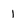
Character: 1